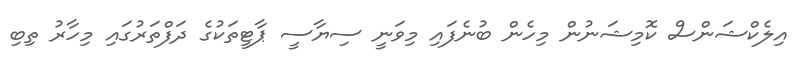
އިލެކްޝަންސް ކޮމިޝަނުން މިހެން ބުނެފައި މިވަނީ ސިޔާސީ ޕާޓީތަކުގެ ދަފްތަރުގައި މިހާރު ތިބި